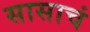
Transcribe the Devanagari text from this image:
सासाचं